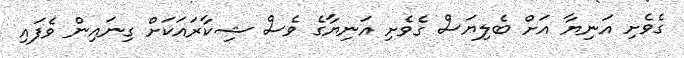
ގެވެށި އަނިޔާ އަށް ބެލިޔަސް ގެވެށި އަނިޔާގެ ވެސް ޝިކާރައަކަށް ގިނައިން ވެފައި